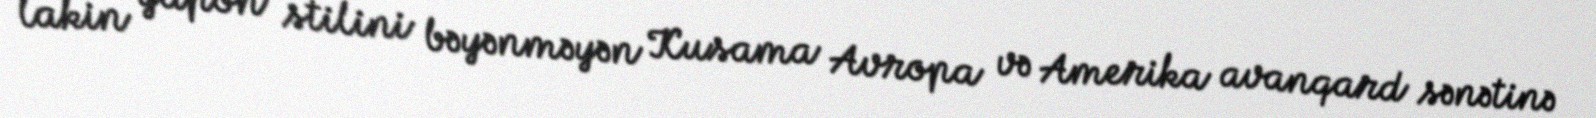
lakin yapon stilini bəyənməyən Kusama Avropa və Amerika avanqard sənətinə